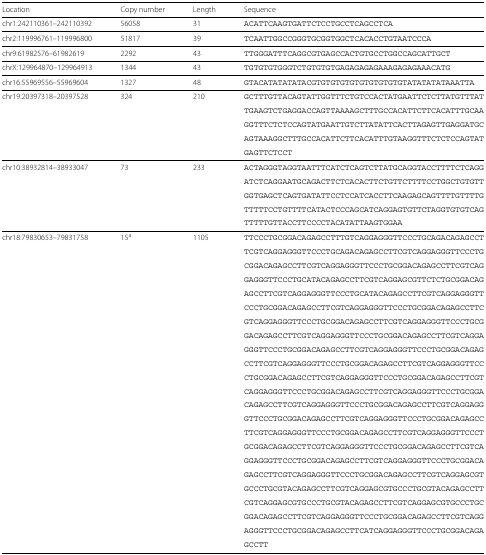
<table><thead><tr><td><b>Location</b></td><td><b>Copy number</b></td><td><b>Length</b></td><td><b>Sequence</b></td></tr></thead><tbody><tr><td>chr1:242110361–242110392</td><td>56058</td><td>31</td><td>ACATTCAAGTGATTCTCCTGCCTCAGCCTCA</td></tr><tr><td>chr2:119996761–119996800</td><td>51817</td><td>39</td><td>TCAATTGGCCGGGTGCGGTGGCTCACACCTGTAATCCCA</td></tr><tr><td>chr9:61982576–61982619</td><td>2292</td><td>43</td><td>TTGGGATTTCAGGCGTGAGCCACTGTGCCTGGCCAGCATTGCT</td></tr><tr><td>chrX:129964870–129964913</td><td>1344</td><td>43</td><td>TGTGTGTGGGTCTGTGTGTGAGAGAGAGAAAGAGAGAAACATG</td></tr><tr><td>chr16:55969556–55969604</td><td>1327</td><td>48</td><td>GTACATATATATACGTGTGTGTGTGTGTGTGTGTATATATATAAATTA</td></tr><tr><td>chr19:20397318–20397528</td><td>324</td><td>210</td><td>GCTTTGTTACAGTATTGGTTTCTGTCCACTATGAATTCTCTTATGTTTAT</td></tr><tr><td></td><td></td><td></td><td>TGAAGTCTGAGGACCAGTTAAAAGCTTTGCCACATTCTTCACATTTGCAA</td></tr><tr><td></td><td></td><td></td><td>GGTTTCTCTCCAGTATGAATTGTCTTATATTCACTTAGAGTTGAGGATGC</td></tr><tr><td></td><td></td><td></td><td>AGTAAAGGCTTTGCCACATTCTTCACATTTGTAAGGTTTCTCTCCAGTAT</td></tr><tr><td></td><td></td><td></td><td>GAGTTCTCCT</td></tr><tr><td>chr10:38932814–38933047</td><td>73</td><td>233</td><td>ACTAGGGTAGGTAATTTCATCTCAGTCTTATGCAGGTACCTTTTCTCAGG</td></tr><tr><td></td><td></td><td></td><td>ATCTCAGGAATGCAGACTTCTCACACTTCTGTTCTTTTCCTGGCTGTGTT</td></tr><tr><td></td><td></td><td></td><td>GGTGAGCTCAGTGATATTCCTCCATCACCTTCAAGAGCAGTTTTGTTTTG</td></tr><tr><td></td><td></td><td></td><td>TTTTTCCTGTTTTCATACTCCCAGCATCAGGAGTGTTCTAGGTGTGTCAG</td></tr><tr><td></td><td></td><td></td><td>TTTTTGTTACCTTCCCCTACATATTAAGTGGAA</td></tr><tr><td>chr18:79830653–79831758</td><td>15<sup>a</sup></td><td>1105</td><td>TTCCCTGCGGACAGAGCCTTTGTCAGGAGGGTTCCCTGCAGACAGAGCCT</td></tr><tr><td></td><td></td><td></td><td>TCGTCAGGAGGGTTCCCTGCAGACAGAGCCTTCGTCAGGAGGGTTCCCTG</td></tr><tr><td></td><td></td><td></td><td>CGGACAGAGCCTTCGTCAGGAGGGTTCCCTGCGGACAGAGCCTTCGTCAG</td></tr><tr><td></td><td></td><td></td><td>GAGGGTTCCCTGCATACAGAGCCTTCGTCAGGAGCGTTCTCTGCGGACAG</td></tr><tr><td></td><td></td><td></td><td>AGCCTTCGTCAGGAGGGTTCCCTGCATACAGAGCCTTCGTCAGGAGGGTT</td></tr><tr><td></td><td></td><td></td><td>CCCTGCGGACAGAGCCTTCGTCAGGAGGGTTCCCTGCGGACAGAGCCTTC</td></tr><tr><td></td><td></td><td></td><td>GTCAGGAGGGTTCCCTGCGGACAGAGCCTTCGTCAGGAGGGTTCCCTGCG</td></tr><tr><td></td><td></td><td></td><td>GACAGAGCCTTCGTCAGGAGGGTTCCCTGCGGACAGAGCCTTCGTCAGGA</td></tr><tr><td></td><td></td><td></td><td>GGGTTCCCTGCGGACAGAGCCTTCGTCAGGAGGGTTCCCTGCGGACAGAG</td></tr><tr><td></td><td></td><td></td><td>CCTTCGTCAGGAGGGTTCCCTGCGGACAGAGCCTTCGTCAGGAGGGTTCC</td></tr><tr><td></td><td></td><td></td><td>CTGCGGACAGAGCCTTCGTCAGGAGGGTTCCCTGCGGACAGAGCCTTCGT</td></tr><tr><td></td><td></td><td></td><td>CAGGAGGGTTCCCTGCGGACAGAGCCTTCGTCAGGAGGGTTCCCTGCGGA</td></tr><tr><td></td><td></td><td></td><td>CAGAGCCTTCGTCAGGAGGGTTCCCTGCGGACAGAGCCTTCGTCAGGAGG</td></tr><tr><td></td><td></td><td></td><td>GTTCCCTGCGGACAGAGCCTTCGTCAGGAGGGTTCCCTGCGGACAGAGCC</td></tr><tr><td></td><td></td><td></td><td>TTCGTCAGGAGGGTTCCCTGCGGACAGAGCCTTCGTCAGGAGGGTTCCCT</td></tr><tr><td></td><td></td><td></td><td>GCGGACAGAGCCTTCGTCAGGAGGGTTCCCTGCGGACAGAGCCTTCGTCA</td></tr><tr><td></td><td></td><td></td><td>GGAGGGTTCCCTGCGGACAGAGCCTTCGTCAGGAGGGTTCCCTGCGGACA</td></tr><tr><td></td><td></td><td></td><td>GAGCCTTCGTCAGGAGGGTTCCCTGCGGACAGAGCCTTCGTCAGGAGCGT</td></tr><tr><td></td><td></td><td></td><td>GCCCTGCGTACAGAGCCTTCGTCAGGAGCGTGCCCTGCGTACAGAGCCTT</td></tr><tr><td></td><td></td><td></td><td>CGTCAGGAGCGTGCCCTGCGTACAGAGCCTTCGTCAGGAGCGTGCCCTGC</td></tr><tr><td></td><td></td><td></td><td>GGACAGAGCCTTCGTCAGGAGGGTTCCCTGCGGACAGAGCCTTCGTCAGG</td></tr><tr><td></td><td></td><td></td><td>AGGGTTCCCTGCGGACAGAGCCTTCATCAGGAGGGTTCCCTGCGGACAGA</td></tr><tr><td></td><td></td><td></td><td>GCCTT</td></tr></tbody></table>